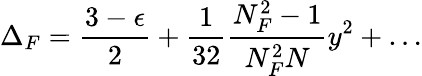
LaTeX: \Delta_{F}=\frac{3-\epsilon}{2}+\frac{1}{32}\frac{N_{F}^{2}-1}{N_{F}^{2}N}y^{2}+\ldots